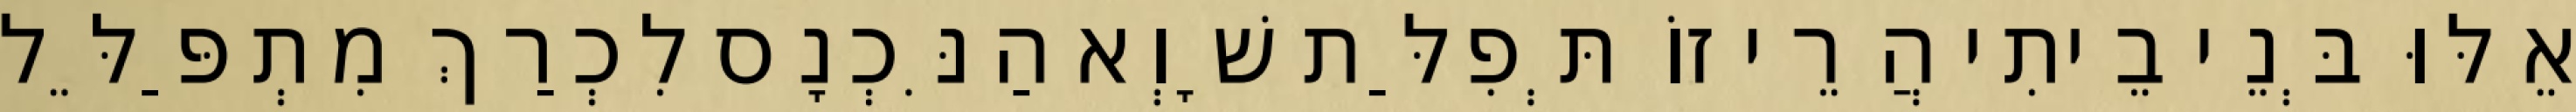
אֵלּוּ בְּנֵי בֵיתִי הֲרֵי זוֹ תְּפִלַּת שָׁוְא הַנִּכְנָס לִכְרַךְ מִתְפַּלֵּל